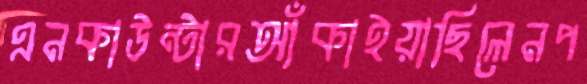
এনকাউন্টারআঁকাইয়াছিলেনপ